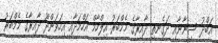
އަބްދު ސިނާނާއި ދަގެނތި ދާއިރާގެ މެމްބަރު އިލްހާމް އަހްމަދާއި އިހަވަންދޫ ދާއިރާގެ މެމްބަރު